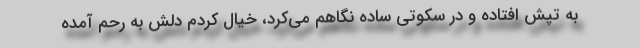
به تپش افتاده و در سکوتی ساده نگاهم می‌کرد، خیال کردم دلش به رحم آمده